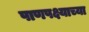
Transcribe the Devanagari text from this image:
पाणपक्ष्याच्या